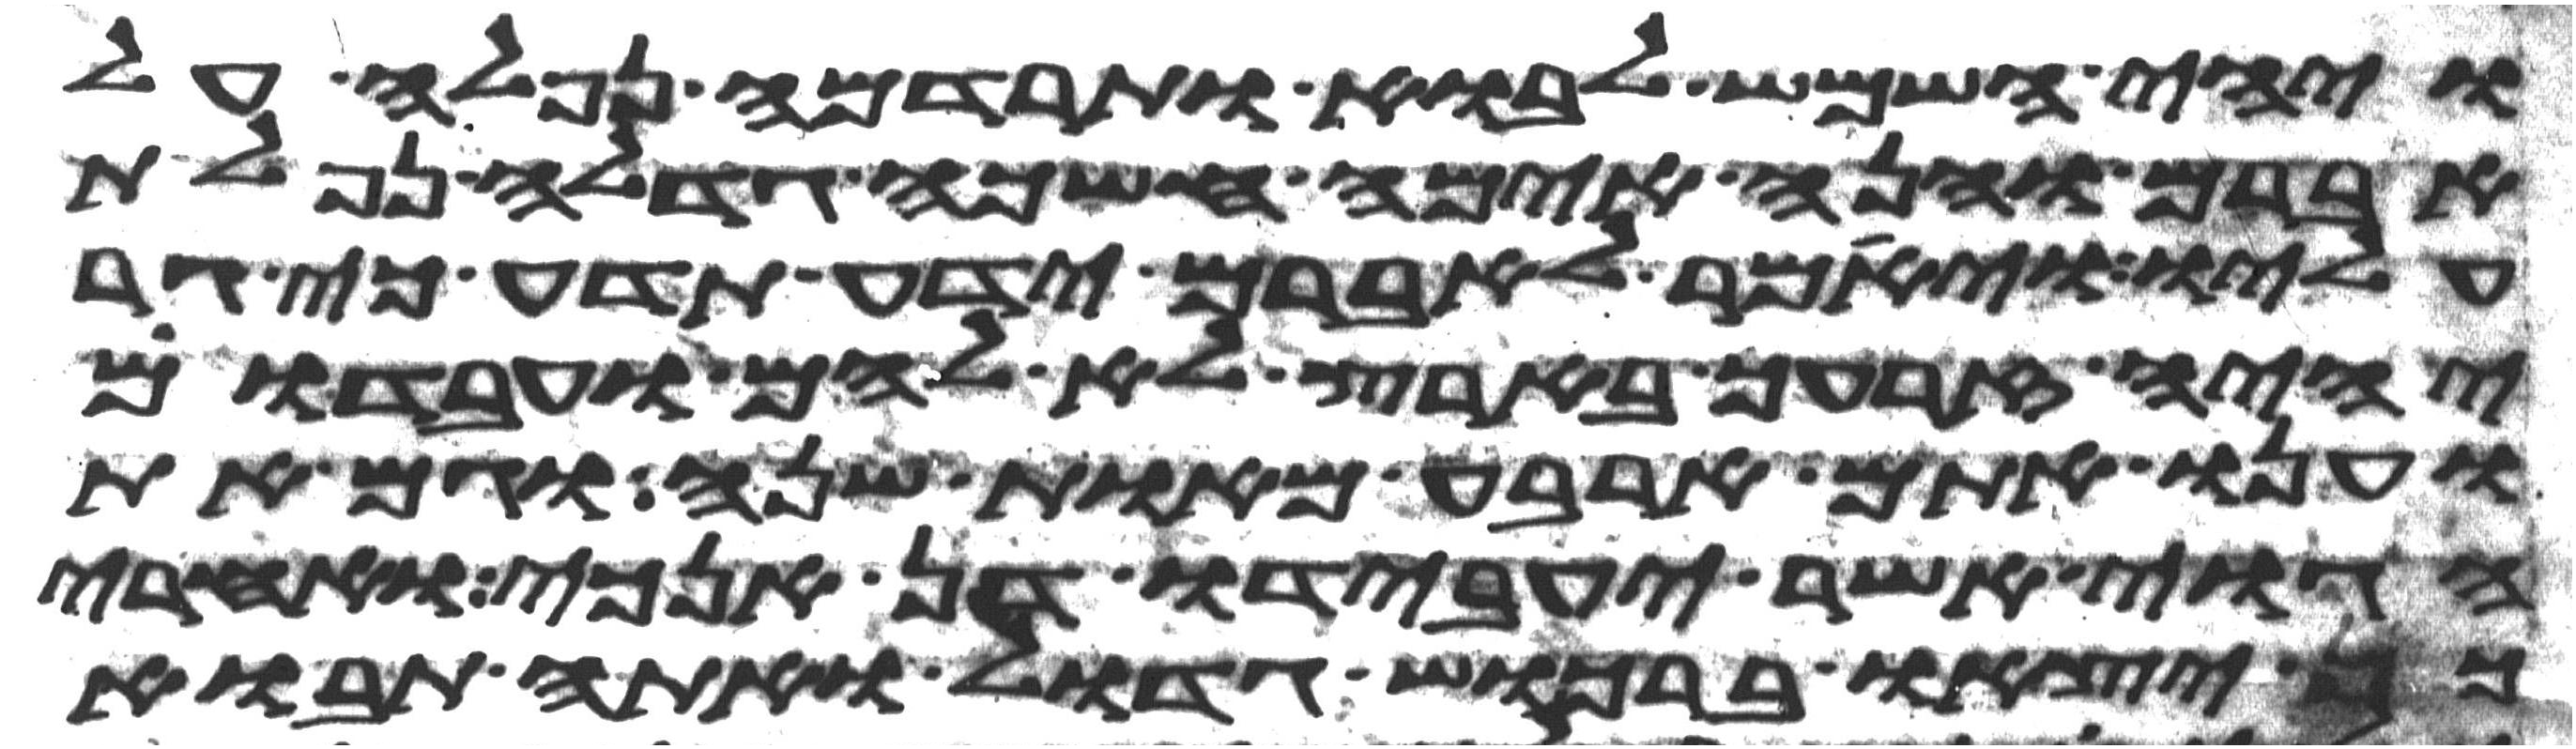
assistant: ויהי השמש לבוא ותרדמה נפלה על
אברם והנה אימה חשכה גדלה נפלת
עליו ויאמר לאברם ידע תדע כי גר
יהיה זרעך בארץ לא להם ועבדום
וענו אתם ארבע מאות שנה וגם את
הגוי אשר יעבדו דן אנכי ואחרי
כן יצאו ברכוש גדול ואתה תבוא